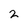
Character: 2